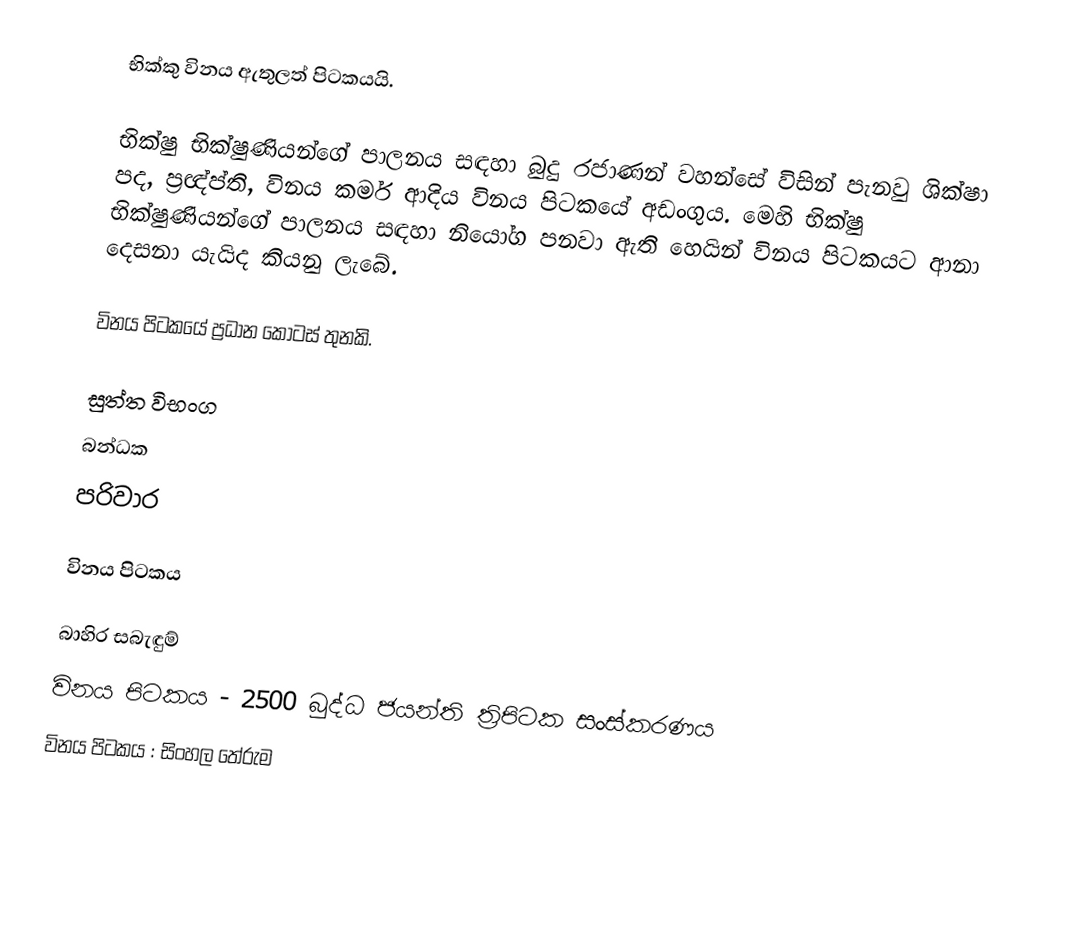
භික්කු විනය ඇතුලත් පිටකයයි.

භික්ෂු භික්ෂුණියන්ගේ පාලනය සඳහා බුදු රජාණන් වහන්සේ විසින් පැනවු ශික්ෂා පද, ප්‍රඥ්ප්ති, විනය කර්ම ආදිය විනය පිටකයේ අඩංගුය. මෙහි භික්ෂු භික්ෂුණියන්ගේ පාලනය සඳහා නියෝග පනවා ඇති හෙයින් විනය පිටකයට ආනා දෙසනා යැයිද කියනු ලැබේ.

විනය පිටකයේ ප්‍රධාන කොටස් තුනකි.

 සුත්ත විභංග
 බන්ධක
 පරිවාර

විනය පිටකය

බාහිර සබැඳුම්
විනය පිටකය - 2500 බුද්ධ ජයන්ති ත්‍රිපිටක සංස්කරණය
විනය පිටකය : සිංහල තේරුම